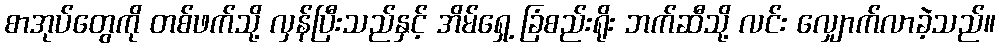
စာအုပ်တွေကို တစ်ဖက်သို့ လှန်ပြီးသည်နှင့် အိမ်ရှေ့ ခြံစည်းရိုး ဘက်ဆီသို့ လင်း လျှောက်လာခဲ့သည်။